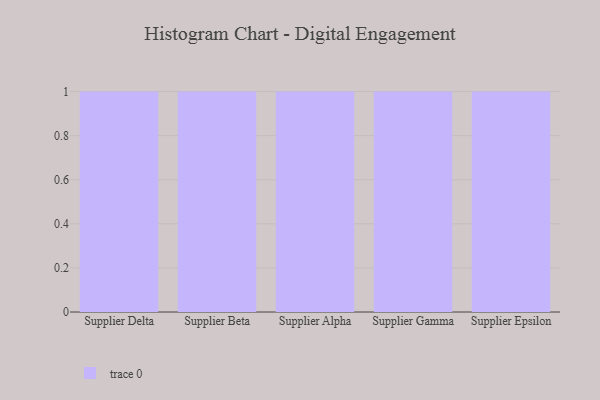
{"axis": {"x": "Supplier", "y": "Active Users"}, "legend": [""], "data": [{"x": "Supplier Delta", "y": 11, "type": ""}, {"x": "Supplier Beta", "y": 20, "type": ""}, {"x": "Supplier Alpha", "y": 7, "type": ""}, {"x": "Supplier Gamma", "y": 100, "type": ""}, {"x": "Supplier Epsilon", "y": 6, "type": ""}]}